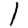
Digit: 1